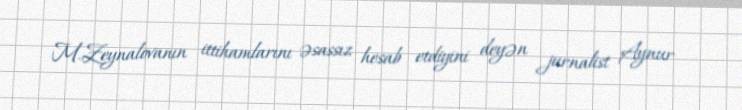
M.Zeynalovanın ittihamlarını əsassız hesab etdiyini deyən jurnalist Aynur